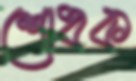
শোধক